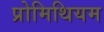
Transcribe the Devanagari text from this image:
प्रोमिथियम